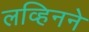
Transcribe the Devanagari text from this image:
लव्हिनने